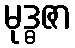
မုဒ္ဓဇာ